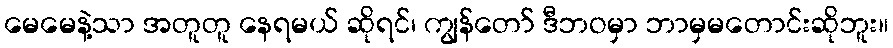
မေမေနဲ့သာ အတူတူ နေရမယ် ဆိုရင်၊ ကျွန်တော် ဒီဘဝမှာ ဘာမှမတောင်းဆိုဘူး။